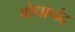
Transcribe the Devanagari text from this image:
बोधानंद